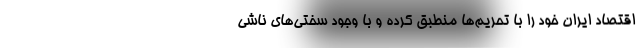
اقتصاد ایران خود را با تحریم‌ها منطبق کرده و با وجود سختی‌های ناشی